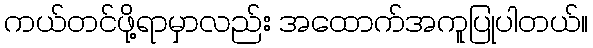
ကယ်တင်ဖို့ရာမှာလည်း အထောက်အကူပြုပါတယ်။